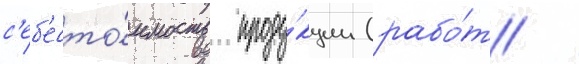
с'еб'есто́имость проду́кции (рабо́т /